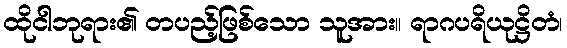
ထိုငါဘုရား၏ တပည့်ဖြစ်သော သူအား။ ရာဂပရိယုဋ္ဌိတံ၊